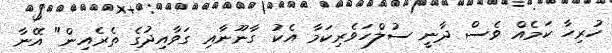
ހުރިހާ ކަމެއް ވެސް ދާނީ ސުލްހަވެރިކަމާ އެކު ގާނޫނާއި ގަވާއިދުގެ ތެރެއިން" އޭނާ